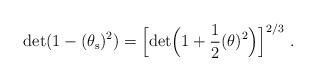
LaTeX: \begin{align*}{\rm det}(1-(\theta_{\rm s})^{2})=\Big[{\rm det}\Big(1+\frac{1}{2}(\theta)^{2}\Big)\Big]^{2/3}\ .\end{align*}